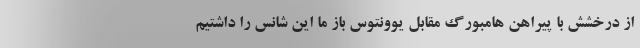
از درخشش با پیراهن هامبورگ مقابل یوونتوس باز ما این شانس را داشتیم